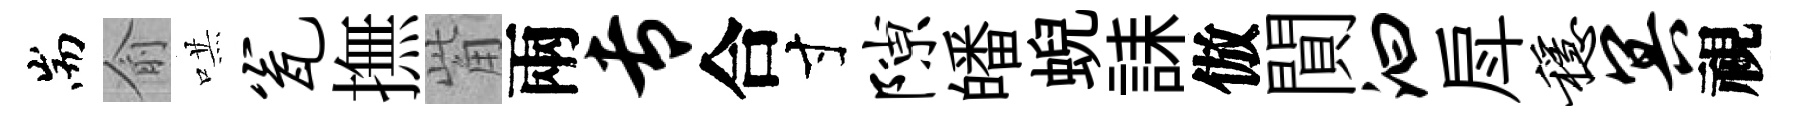
耑俞哄瓮撫觜兩专合寸隙皤蜺誄倣閴汩戽稳冥視